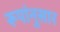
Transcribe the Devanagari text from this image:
रूपांनुसार